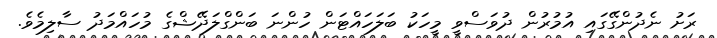
ރަށު ނެދުންގޭގައި އުމުރުން ދުވަސްވީ މީހަކު ބަލަހައްޓަން ހުންނަ ބަންގްލަދޭޝްގެ މުހައްމަދު ސާލިމެވެ.